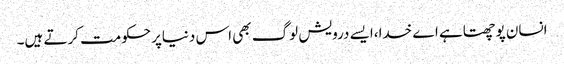
انسان پوچھتاہے اے خدا،ایسے درویش لوگ بھی اس دنیاپرحکومت کرتے ہیں۔